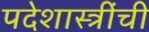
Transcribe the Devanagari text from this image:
पदेशास्त्रींची